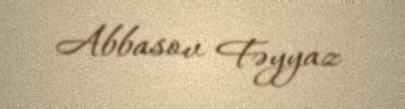
Abbasov Fəyyaz